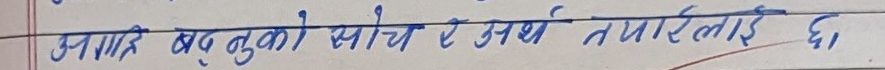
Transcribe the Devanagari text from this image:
हाम्रो वस्तुको सोच र अर्थ तपाइलाई छ।